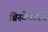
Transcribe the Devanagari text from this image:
ब्रिस्बेनाइट